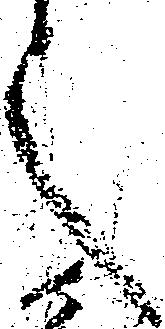
之